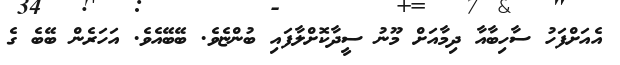
އެއަށްފަހު ސާހިބާއާ ދިމާއަށް މޫނު ސީދާކޮށްލާފައި ބުންޏެވެ. ބޭބޭއެވެ. އަހަރެން ބޭބެ ގެ